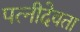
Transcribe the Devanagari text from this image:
पत्नीदेवता